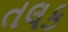
તલક